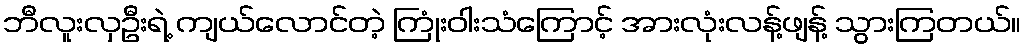
ဘီလူးလှဦးရဲ့ ကျယ်လောင်တဲ့ ကြုံးဝါးသံကြောင့် အားလုံးလန့်ဖျန့် သွားကြတယ်။